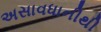
અસાવધાનીથી